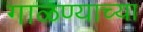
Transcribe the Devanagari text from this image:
गाळण्याच्या